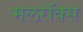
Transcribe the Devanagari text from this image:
मलरॉक्स